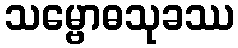
သမ္ဗောဓသုခဿ